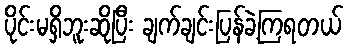
ပိုင်းမရှိဘူးဆိုပြီး ချက်ချင်းပြန်ခဲ့ကြရတယ်